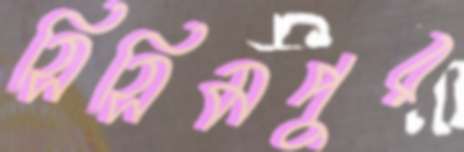
সিসিমপুর